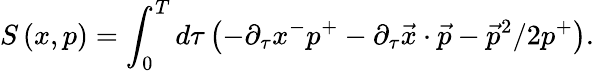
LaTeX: S\left(x,p\right)=\int_{0}^{T}d\tau\left(-\partial_{\tau}x^{-}p^{+}-\partial_{\tau}\vec{x}\cdot\vec{p}-\vec{p}^{2}/2p^{+}\right).